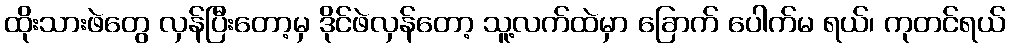
ထိုးသားဖဲတွေ လှန်ပြီးတော့မှ ဒိုင်ဖဲလှန်တော့ သူ့လက်ထဲမှာ ခြောက် ပေါက်မ ရယ်၊ ကုတင်ရယ်